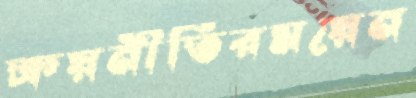
ক্রয়নীতিরময়েন